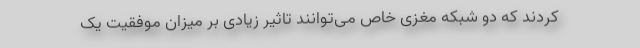
کردند که دو شبکه مغزی خاص می‌توانند تاثیر زیادی بر میزان موفقیت یک